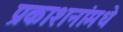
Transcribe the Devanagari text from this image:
प्रकाशनांमधे